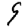
Digit: 9